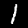
Label: 1